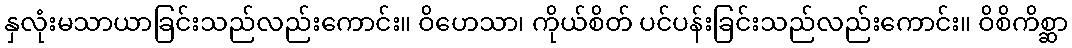
နှလုံးမသာယာခြင်းသည်လည်းကောင်း။ ဝိဟေသာ၊ ကိုယ်စိတ် ပင်ပန်းခြင်းသည်လည်းကောင်း။ ဝိစိကိစ္ဆာ